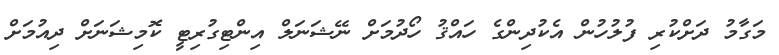
މަގާމު ދަށްކުރި ފުލުހުން އެކުދިންގެ ހައްޤު ހޯދުމަށް ނޭޝަނަލް އިންޓިގުރިޓީ ކޮމިޝަނަށް ދިއުމަށް